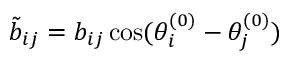
\tilde { b } _ { i j } = b _ { i j } \cos ( \theta _ { i } ^ { ( 0 ) } - \theta _ { j } ^ { ( 0 ) } )